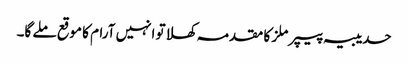
حدیبیہ پیپر ملز کا مقدمہ کھلا تو انہیں آرام کا موقع ملے گا۔